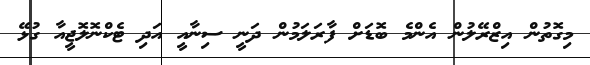
މިގޮތުން އިޒްރޭލުން އެންމެ ބޮޑަށް ފާރަލަމުން ދަނީ ސިނާއީ އަދި ޓެކްނޮލޮޖީއާ ގުޅޭ